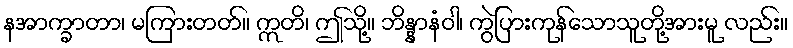
နအာက္ခာတာ၊ မကြားတတ်။ ဣတိ၊ ဤသို့။ ဘိန္နာနံဝါ၊ ကွဲပြားကုန်သောသူတို့အားမူ လည်း။